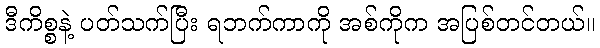
ဒီကိစ္စနဲ့ ပတ်သက်ပြီး ရဘက်ကာကို အစ်ကိုက အပြစ်တင်တယ်။